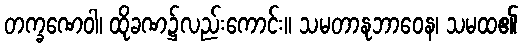
တက္ခဏေဝါ၊ ထိုခဏ၌လည်းကောင်း။ သမတာနုဘာဝေန၊ သမထ၏